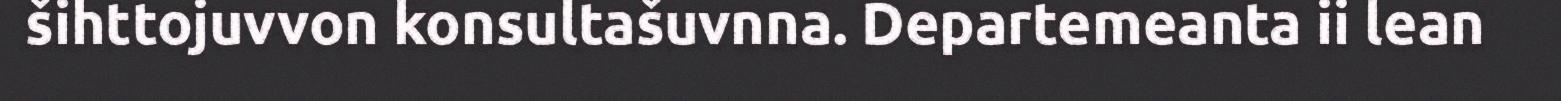
šihttojuvvon konsultašuvnna. Departemeanta ii lean